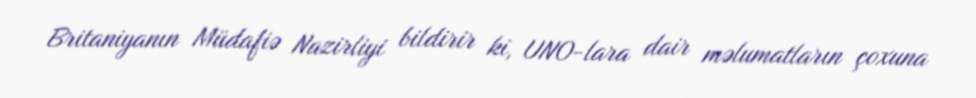
Britaniyanın Müdafiə Nazirliyi bildirir ki, UNO-lara dair məlumatların çoxuna